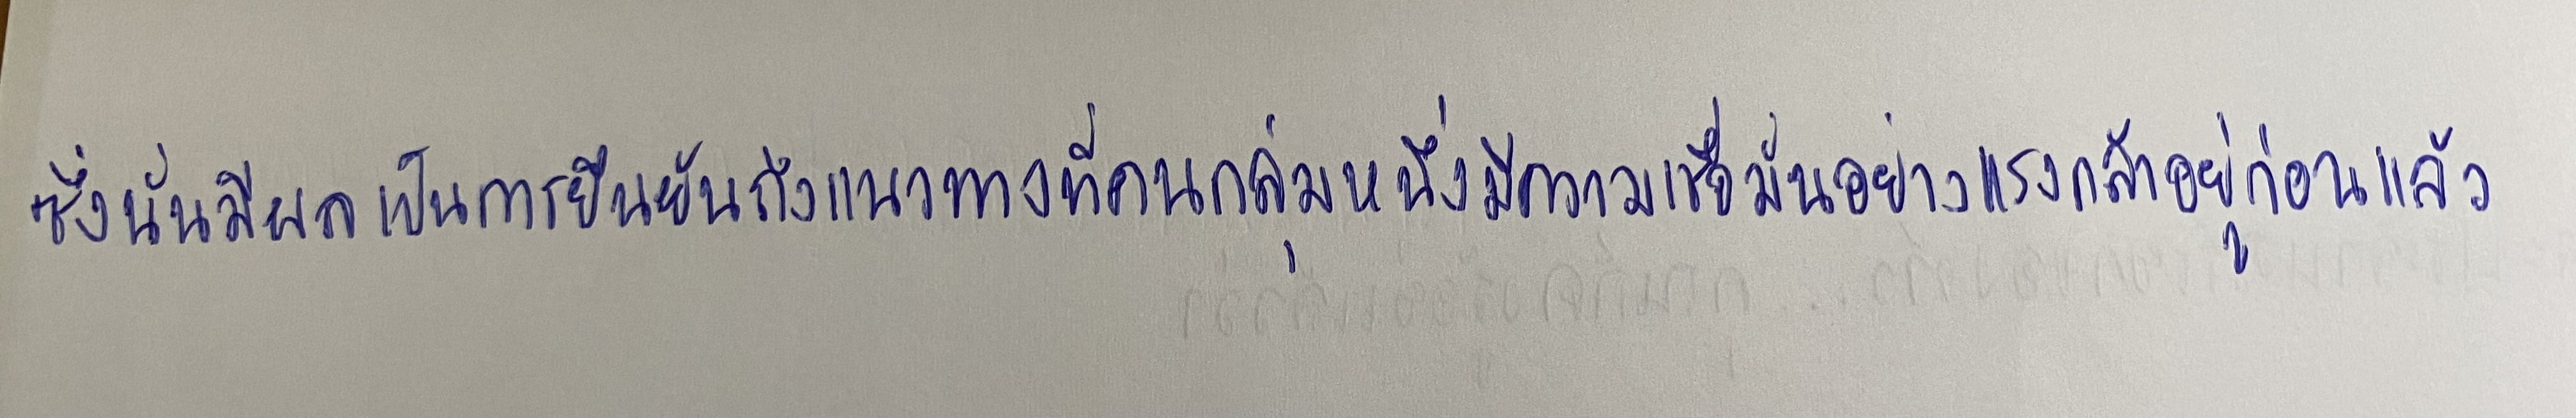
ซึ่งนั่นมีผลเป็นการยืนยันถึงแนวทางที่คนกลุ่มหนึ่งมีความเชื่อมั่นอย่างแรงกล้าอยู่ก่อนแล้ว